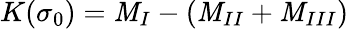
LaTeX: K(\sigma_{0})=\mathit{M}_{I}-(\mathit{M}_{II}+\mathit{M}_{III})